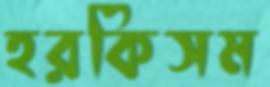
হরকিসম